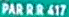
PAR R R 417